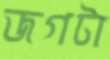
জগটা